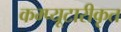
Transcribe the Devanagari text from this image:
कम्प्यूटारीकृत